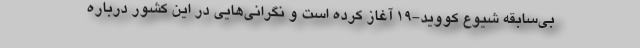
بی‌سابقه شیوع کووید-۱۹ آغاز کرده است و نگرانی‌هایی در این کشور درباره